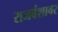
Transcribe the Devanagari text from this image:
राजवंशावर